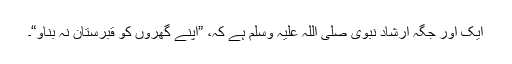
ایک اور جگہ ارشاد نبوی صلی اللہ علیہ وسلم ہے کہ، ”اپنے گھروں کو قبرستان نہ بناو“۔